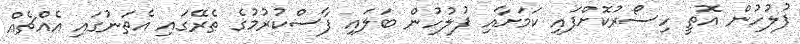
ފުލުހުން އޮތީ ހިސޯރުކޮށްފައި ކަމަށާއި ފުލުހުން ބަލައި ފާސްކުރުމުގެ ތެރޭގައި އެތަނުގައި އެއްޗެއް